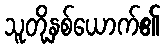
သူတို့နှစ်ယောက်၏